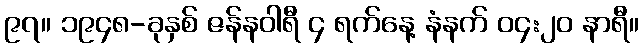
၉၇။ ၁၉၄၈-ခုနှစ် ဇန်နဝါရီ ၄ ရက်နေ့ နံနက် ၀၄:၂၀ နာရီ။